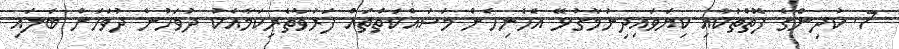
7. ކުދިންގެ ފޮތްތަކާއި ކިޔަވައިދިނުމާގުޅޭ އެހެނިހެން މަސައްކަތްތައް ފަރުވާތެރިކަމާއެކު ދުވަހުން ދުވަހަށް ބަލައި